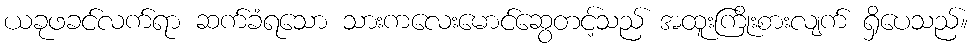
ယခုဖခင်လက်ရာ ဆက်ခံရသော သားကလေးမောင်ဆွေတင့်သည် အထူးကြိုးစားလျက် ရှိပေသည်။